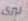
ليرى